Indian journal of veterinary science and animal husbandry - Volume 11,
Year: 1941
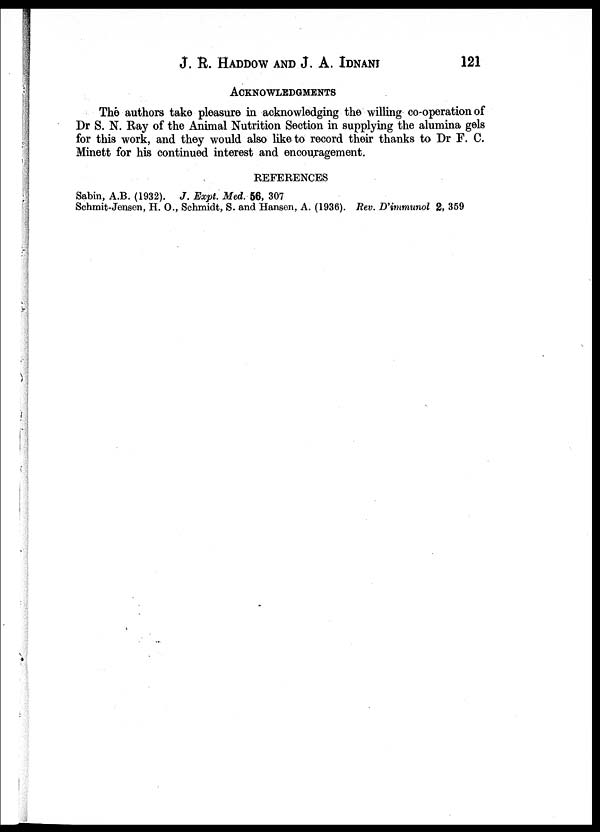
J. R. HADDOW AND J. A.
IDNANI
121
ACKNOWLEDGMENTS
The authors take pleasure in acknowledging the willing co-operation of
Dr S. N. Ray of the Animal Nutrition Section in supplying the alumina gels
for this work, and they would also like to record their thanks to Dr F. C.
Minett for his continued interest and encouragement.
REFERENCES
Sabin, A.B. (1932). J. Expt. Med. 56, 307
Schmit-Jensen, H. O., Schmidt, S. and Hansen, A. (1936). Rev. D'immunol 2, 359